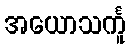
အယောသင်္ကူ